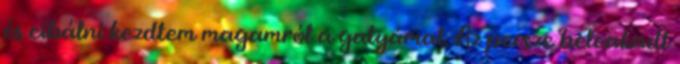
és cibálni kezdtem magamról a gatyámat. Az persze beleakadt